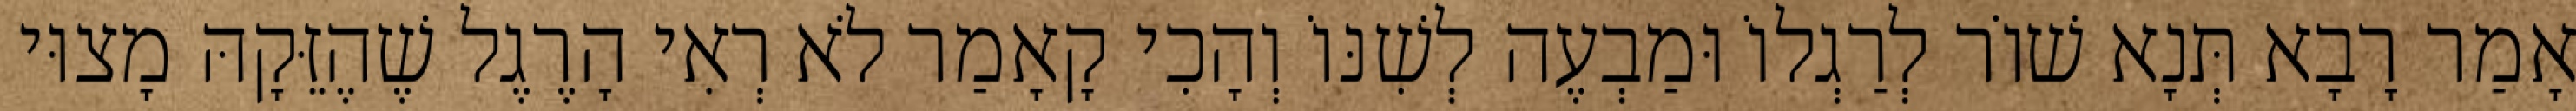
אָמַר רָבָא תְּנָא שׁוֹר לְרַגְלוֹ וּמַבְעֶה לְשִׁנּוֹ וְהָכִי קָאָמַר לֹא רְאִי הָרֶגֶל שֶׁהֶזֵּקָהּ מָצוּי